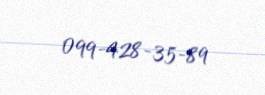
099-428-35-89